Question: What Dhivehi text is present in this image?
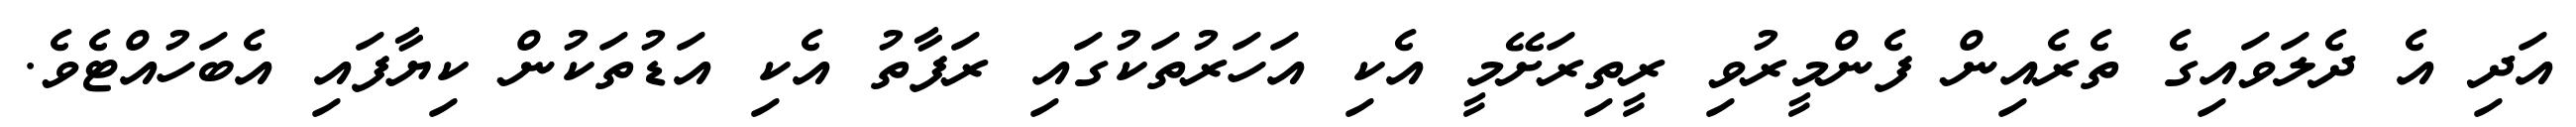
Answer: އަދި އެ ދެލަވައިގެ ތެރެއިން ފެންމީރުވި ރީތިރަށޭމީ އެކި އަހަރުތަކުގައި ރަފާތު އެކި އަޑުތަކުން ކިޔާފައި އެބަހުއްޓެވެ.